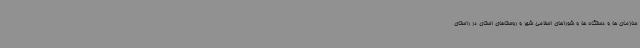
سازمان ها و دستگاه ها و شوراهای اسلامی شهر و روستاهای استان در راستای